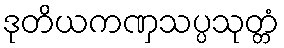
ဒုတိယကဏှသပ္ပသုတ္တံ